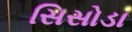
સિસોડા